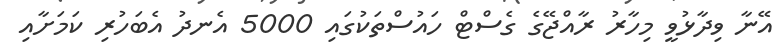
އޭނާ ވިދާޅުވީ މިހާރު ރާއްޖޭގެ ގެސްޓް ހައުސްތަކުގައި 5000 އެނދު އެބަހުރި ކަމަށާއި